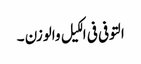
التوفی فی الکیل والوزن ۔